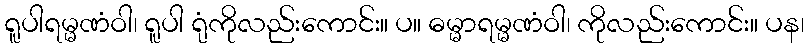
ရူပါရမ္မဏံဝါ၊ ရူပါ ရုံကိုလည်းကောင်း။ ပ။ ဓမ္မာရမ္မဏံဝါ၊ ကိုလည်းကောင်း။ ပန၊